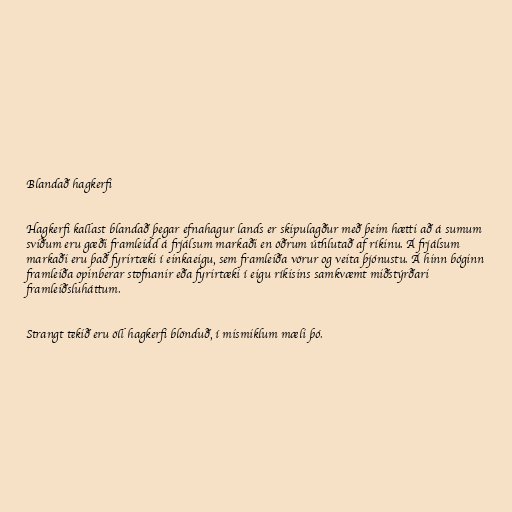
Blandað hagkerfi

Hagkerfi kallast blandað þegar efnahagur lands er skipulagður með þeim hætti að á sumum
sviðum eru gæði framleidd á frjálsum markaði en öðrum úthlutað af ríkinu. Á frjálsum
markaði eru það fyrirtæki í einkaeigu, sem framleiða vörur og veita þjónustu. Á hinn bóginn
framleiða opinberar stofnanir eða fyrirtæki í eigu ríkisins samkvæmt miðstýrðari
framleiðsluháttum.

Strangt tekið eru öll hagkerfi blönduð, í mismiklum mæli þó.